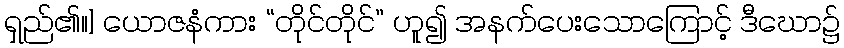
ရှည်၏။] ယောဇနံကား “တိုင်တိုင်” ဟူ၍ အနက်ပေးသောကြောင့် ဒီဃော၌